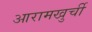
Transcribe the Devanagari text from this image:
आरामखुर्ची